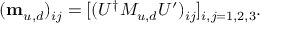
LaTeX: ( \mathbf { m } _ { u , d } ) _ { i j } = [ ( U ^ { \dagger } M _ { u , d } U ^ { \prime } ) _ { i j } ] _ { i , j = 1 , 2 , 3 } .